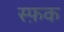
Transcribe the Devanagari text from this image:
स्फ़क